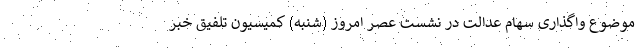
موضوع واگذاری سهام عدالت در نشست عصر امروز (شنبه) کمیسیون تلفیق خبر